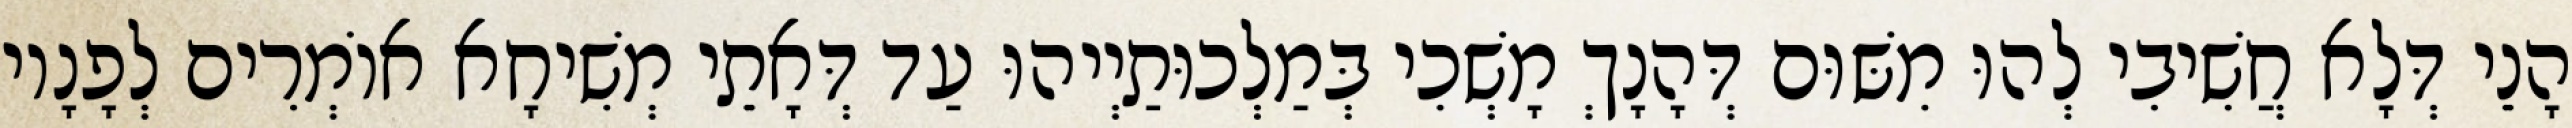
הָנֵי דְּלָא חֲשִׁיבִי לְהוּ מִשּׁוּם דְּהָנָךְ מָשְׁכִי בְּמַלְכוּתַיְיהוּ עַד דְּאָתֵי מְשִׁיחָא אוֹמְרִים לְפָנָיו